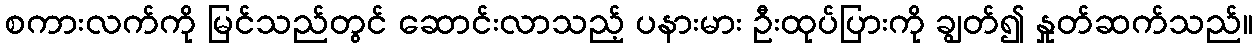
စကားလက်ကို မြင်သည်တွင် ဆောင်းလာသည့် ပနားမား ဦးထုပ်ပြားကို ချွတ်၍ နှုတ်ဆက်သည်။